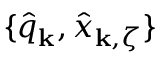
\{ \hat { q } _ { \bf k } , \hat { x } _ { { \bf k } , \zeta } \}